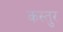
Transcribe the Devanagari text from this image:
कस्तुर